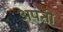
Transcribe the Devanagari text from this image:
अपऩी